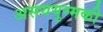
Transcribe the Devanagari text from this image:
असययुग्मकी